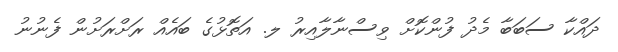
ދައްކާ ސަބަބާ މެދު ފުންކޮށް ވިސްނާލާއިރު ލ. އަތޮޅުގެ ބައެއް ރަށްރަށުން ފެނުނު